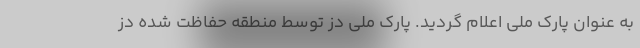
به عنوان پارک ملی اعلام گردید. پارک ملی دز توسط منطقه حفاظت شده دز